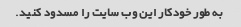
به طور خودکار این وب سایت را مسدود کنید.